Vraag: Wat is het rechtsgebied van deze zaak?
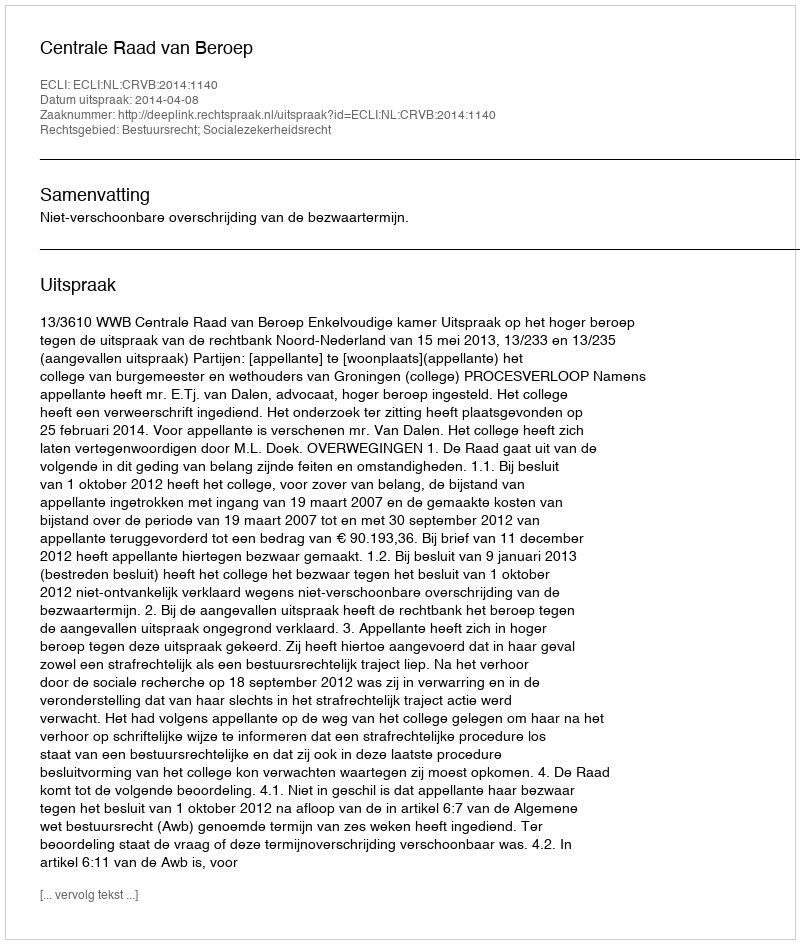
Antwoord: Bestuursrecht; Socialezekerheidsrecht